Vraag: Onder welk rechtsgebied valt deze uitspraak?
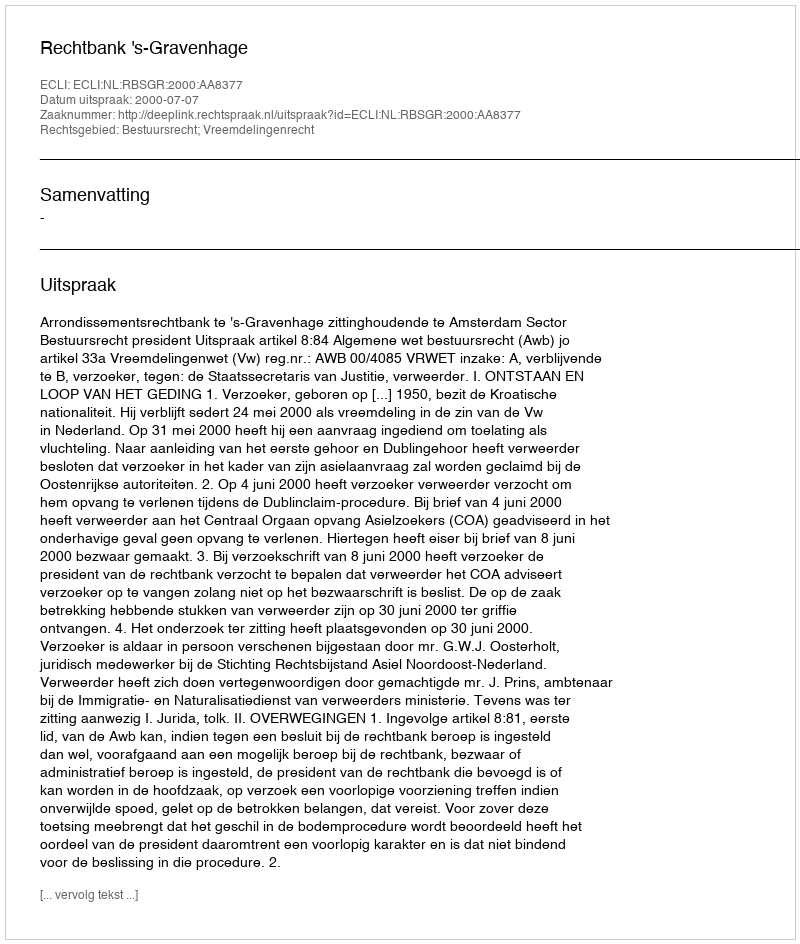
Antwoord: Bestuursrecht; Vreemdelingenrecht